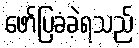
ဖော်ပြခံခဲ့ရသည်